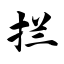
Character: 拦